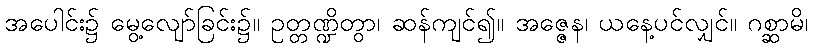
အပေါင်း၌ မွေ့လျော်ခြင်း၌။ ဥတ္တဏ္ဍိတွာ၊ ဆန်ကျင်၍။ အဇ္ဇေန၊ ယနေ့ပင်လျှင်။ ဂစ္ဆာမိ၊